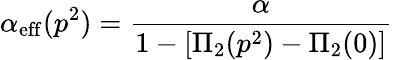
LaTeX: \alpha_{\mathrm{eff}}(p^{2})={\frac{\alpha}{1-[\Pi_{2}(p^{2})-\Pi_{2}(0)]}}